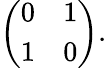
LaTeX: \left(\begin{array}{cc}{{0}}&{{1}}\\ {{1}}&{{0}}\end{array}\right).